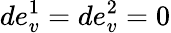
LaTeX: de_{v}^{1}=de_{v}^{2}=0